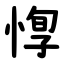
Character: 惸